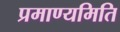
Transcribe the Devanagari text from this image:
प्रमाण्यमिति